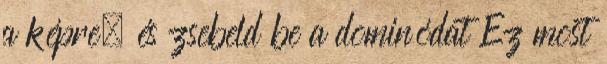
a képre, és zsebeld be a dominódat Ez most